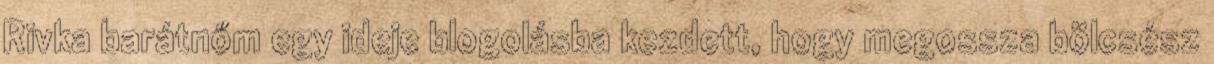
Rivka barátnőm egy ideje blogolásba kezdett, hogy megossza bölcsész